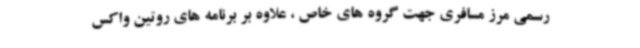
رسمی مرز مسافری جهت گروه های خاص ، علاوه بر برنامه های روتین واکس